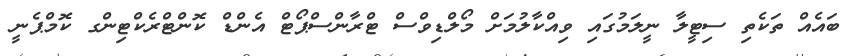
ބައެއް ތަކެތި ސިޓީލާ ނީލަމުގައި ވިއްކާލުމަށް މޯލްޑިވްސް ޓްރާންސްޕޯޓް އެންޑް ކޮންޓްރެކްޓިންގ ކޮމްޕެނީ